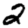
Digit: 2